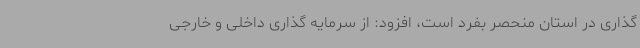
گذاری در استان منحصر بفرد است، افزود: از سرمایه گذاری داخلی و خارجی